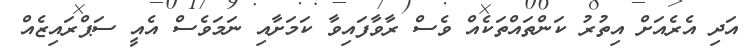
އަދި އެރެއަށް އިތުރު ކަންތައްތަކެއް ވެސް ރާވާފައިވާ ކަމަށާއި ނަމަވެސް އެއީ ސަޕްރައިޒެއް